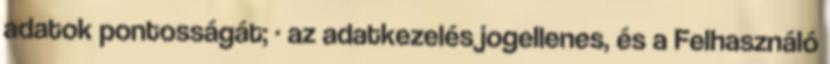
adatok pontosságát; · az adatkezelés jogellenes, és a Felhasználó